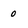
Character: 0